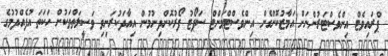
ޕްރައިވެޓް އިންވެސްޓަރުންނަށް އަމާޒުކޮށްގެން އިންވެސްޓްމަންޓް ސަޕޯޓު ފޯރުކޮށްދިނުމުން އިއާދަކުރަނިވި ވަސީލަތްތަކުން ހަކަތަ އުފެއްދުމުގެ